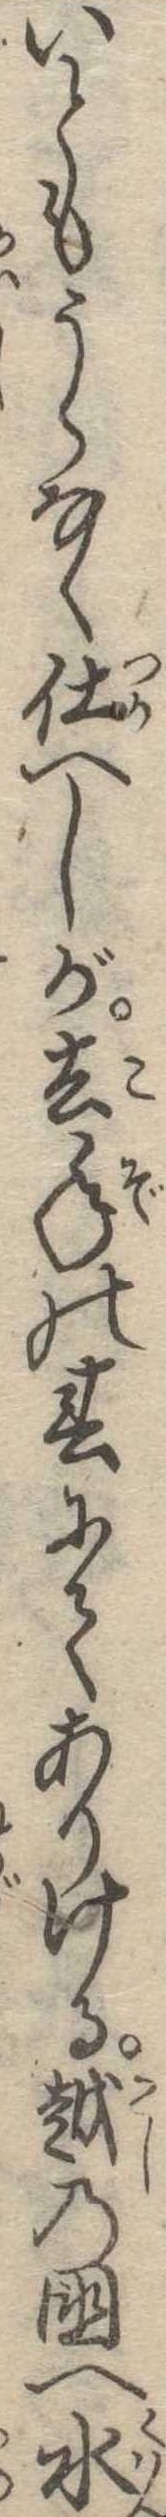
いともうらなく仕へしが去年の春にてありける越の国へ水